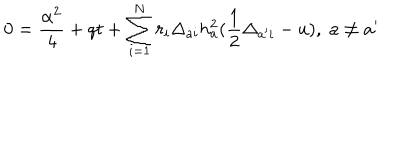
0 = { \frac { \alpha ^ { 2 } } { 4 } } + q t + \sum _ { i = 1 } ^ { N } r _ { i } \Delta _ { a i } h _ { a } ^ { 2 } ( { \frac { 1 } { 2 } } \Delta _ { a ^ { \prime } i } - u ) , \; a \not = a ^ { \prime }